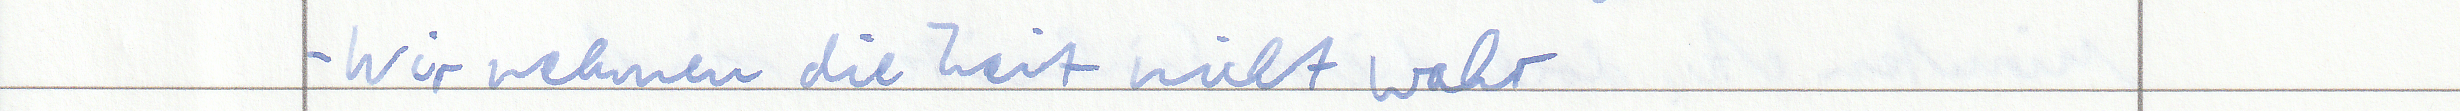
- Wir nehmen die Zeit nicht wahr